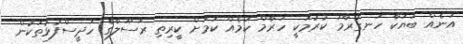
އަނެއް ބަޔަކާ ހަނގުރާމަ ކުރުމަކީ ހަރާމް ކަމެއް ކަމަށް ކީރިތި ރަސޫލާގެ ހަދީސްފުޅުތަކުން